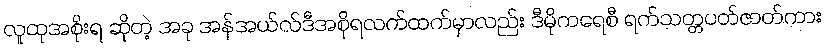
လူထုအစိုးရ ဆိုတဲ့ အခု အန်အယ်လ်ဒီအစိုရလက်ထက်မှာလည်း ဒီမိုကရေစီ ရက်သတ္တပတ်ဇာတ်ကား